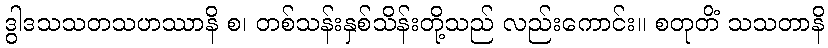
ဒွါဒသသတသဟဿာနိ စ၊ တစ်သန်းနှစ်သိန်းတို့သည် လည်းကောင်း။ စတုတိံ သသတာနိ